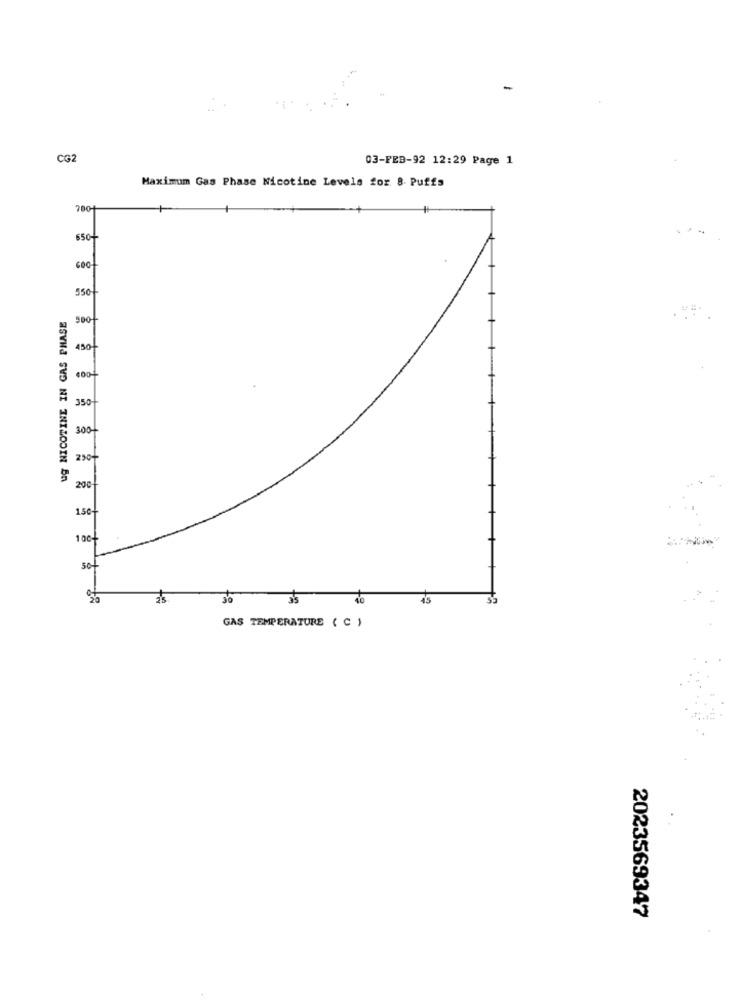
-
CG2
03-FEB-92 12:29 Page 1
Maximum Gas Phase Nicotine Levels for. 8. Puffs
7001
$50+
550
ug NICOTINE IN GAS PHASE
500+
450
4001
350
300+
250-
200
150+
100-
50-
40
GAS TEMPERATURE ( C )
2023569347